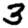
Digit: 3